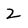
Character: 2